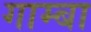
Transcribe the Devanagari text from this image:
गाम्बा